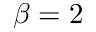
\beta = 2